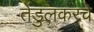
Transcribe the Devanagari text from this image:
तेंडुलकरचे